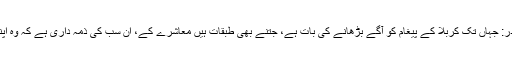
مولانا عمران حیدر: جہاں تک کربلا کے پیغام کو آگے بڑھانے کی بات ہے، جتنے بھی طبقات ہیں معاشرے کے، ان سب کی ذمہ داری ہے کہ وہ اپنا کردار ادا کریں۔